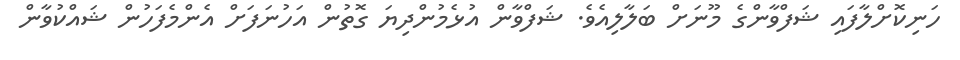
ހަނިކޮށްލާފައި ޝަފްވާންގެ މޫނަށް ބަލާލިއެވެ. ޝަފްވާން އުޅެމުންދިޔަ ގޮތުން އަހުނަފަށް އެންމެފަހުން ޝައްކުވާން